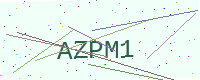
Text: AZPM1